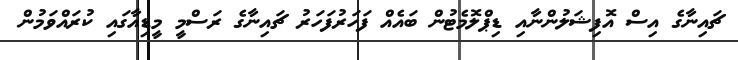
ޗައިނާގެ އިސް އޮފިޝަލުންނާއި ޑިޕްލޮމެޓުން ބައެއް ފަހަރުފަހަރު ޗައިނާގެ ރަސްމީ މީޑިއާގައި ކުރައްވަމުން